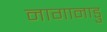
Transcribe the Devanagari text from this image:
नागानाडु